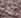
راية